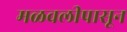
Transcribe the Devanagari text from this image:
मळवलीपासून